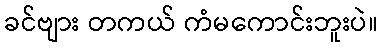
ခင်ဗျား တကယ် ကံမကောင်းဘူးပဲ။